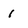
Character: 1